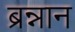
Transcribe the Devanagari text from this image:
ब्रन्नान